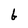
Character: b